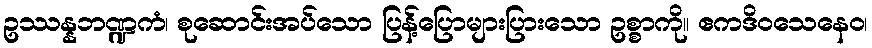
ဥဿန္နဘဏ္ဍကံ၊ စုဆောင်းအပ်သော ပြန့်ပြောများပြားသော ဥစ္စာကို။ ဧကဒိဝသေနေဝ၊